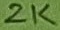
Text: 2K